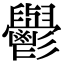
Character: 𮫘